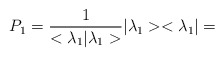
\begin{align*}P_{1}= \frac{1}{<{\lambda}_{1} |{\lambda}_{1} >}|{\lambda}_{1}><{\lambda}_{1}|=\end{align*}